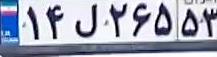
۱۴ل۲۶۵۵۳